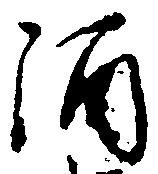
酒